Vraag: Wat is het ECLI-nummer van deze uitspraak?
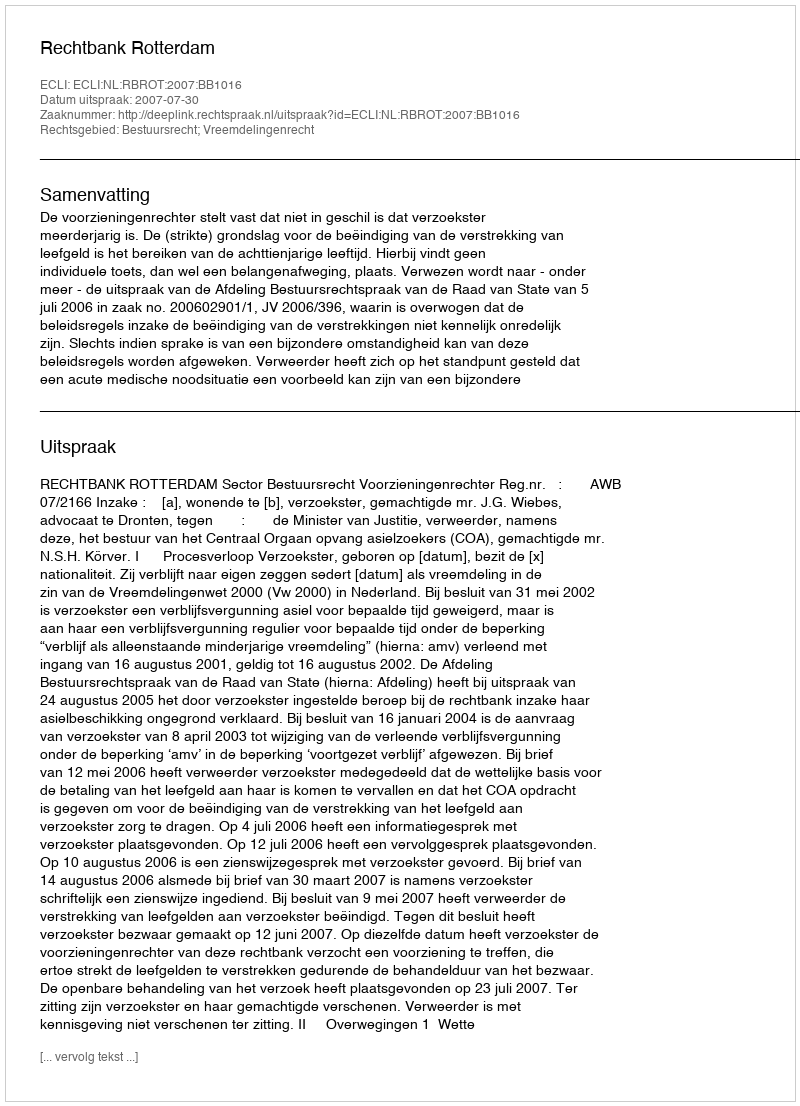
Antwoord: ECLI:NL:RBROT:2007:BB1016